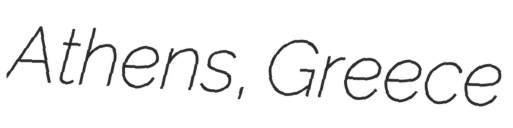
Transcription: Athens, Greece